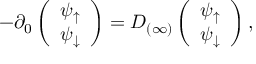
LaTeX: - \partial _ { 0 } \left( \begin{array} { c } { { \psi _ { \uparrow } } } \\ { { \psi _ { \downarrow } } } \end{array} \right) = D _ { ( \infty ) } \left( \begin{array} { c } { { \psi _ { \uparrow } } } \\ { { \psi _ { \downarrow } } } \end{array} \right) ,